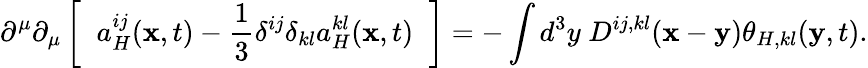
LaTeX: \partial^{\mu}\partial_{\mu}\left[\; \; a_{H}^{ij}({\mathbf x},t)-\frac{1}{3}\delta^{ij}\delta_{kl}a_{H}^{kl}({\mathbf x},t)\; \; \right]=-\int d^{3}y\; D^{ij,kl}({\mathbf x}-{\mathbf y})\theta_{H,kl}({\mathbf y},t).